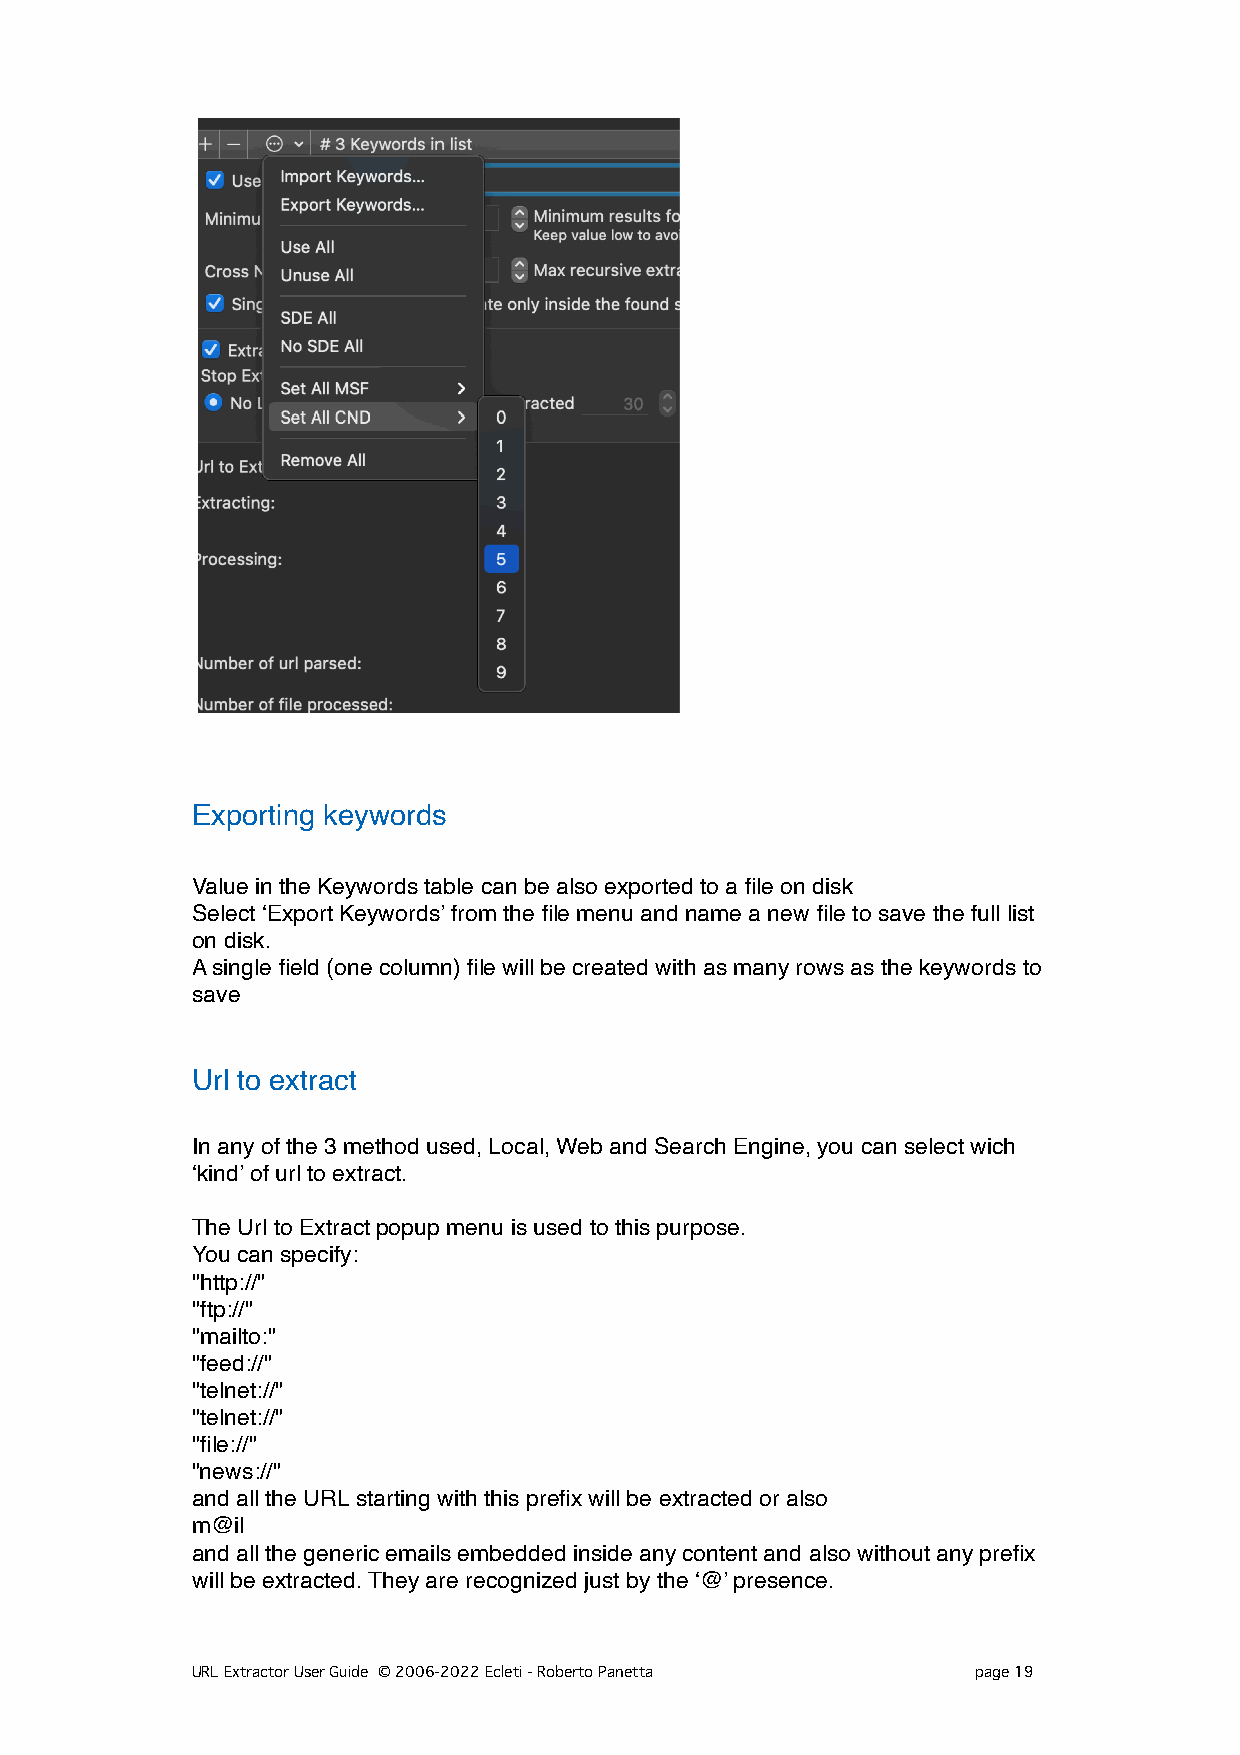
Exporting keywords
 Value in the Keywords table can be also exported to a file on disk
 Select ‘Export Keywords’ from the file menu and name a new file to save the full list
 on disk.
 A single field (one column) file will be created with as many rows as the keywords to
 save
 Url to extract
 In any of the 3 method used, Local, Web and Search Engine, you can select wich
 ‘kind’ of url to extract.
 The Url to Extract popup menu is used to this purpose.
 You can specify:
 "http://"
 "ftp://"
 "mailto:"
 "feed://"
 "telnet://"
 "telnet://"
 "file://"
 "news://"
 and all the URL starting with this prefix will be extracted or also
 m@il
 and all the generic emails embedded inside any content and also without any prefix
 will be extracted. They are recognized just by the ‘@’ presence.
 URL Extractor User Guide © 2006-2022 Ecleti - Roberto Panetta page 19